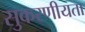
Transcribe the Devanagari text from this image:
सुकरणीयता